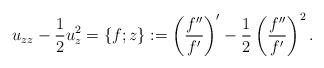
LaTeX: \begin{align*}u_{zz}-\frac{1}{2}u_{z}^{2}= \{ f;z \}:=\left( \frac{f^{\prime \prime}}{f^{\prime}}\right) ^{\prime}-\frac{1}{2}\left( \frac{f^{\prime \prime}}{f^{\prime}}\right) ^{2}. \end{align*}